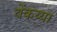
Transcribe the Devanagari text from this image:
वेंकय्या